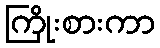
ကြိုးစားကာ